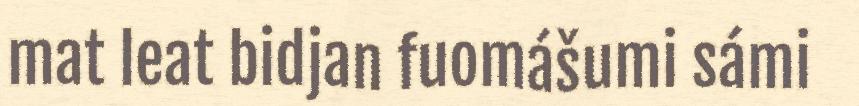
mat leat bidjan fuomášumi sámi